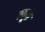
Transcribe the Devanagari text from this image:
म्यूक